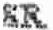
SR